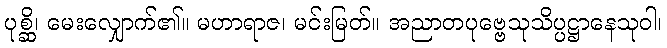
ပုစ္ဆိ၊ မေးလျှောက်၏။ မဟာရာဇ၊ မင်းမြတ်။ အညာတပုဗ္ဗေသုသိပ္ပဋ္ဌာနေသုဝါ၊